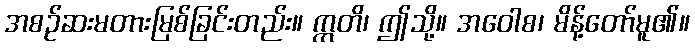
အစဉ်ဆးမတားမြစ်ခြင်းတည်း။ ဣတိ၊ ဤသို့။ အဝေါစ၊ မိန့်တော်မူ၏။